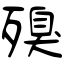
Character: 殠